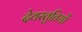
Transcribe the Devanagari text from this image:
देवस्तुतियों